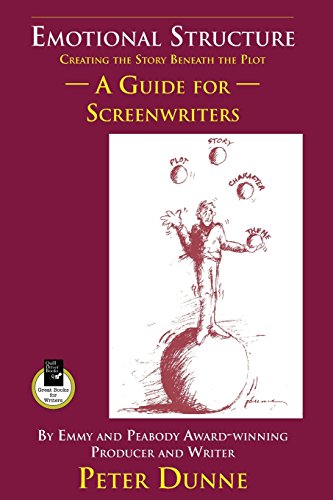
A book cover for Emotional Structure: Creating the Story Beneath the Plot: A Guide for Screenwriters; Pete Dunne; Humor & Entertainment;